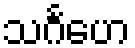
သင်္ဂဟေ